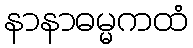
နာနာဓမ္မကထံ